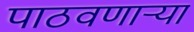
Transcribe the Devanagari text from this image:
पाठवणाऱ्या